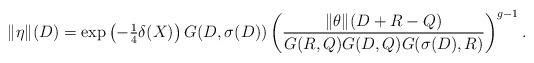
LaTeX: \begin{align*}\|\eta\|(D)=\exp\left(-\tfrac{1}{4}\delta(X)\right) G(D,\sigma(D)) \left(\frac{\|\theta\|(D+R-Q)}{G(R,Q)G(D,Q)G(\sigma(D),R)}\right)^{g-1}.\end{align*}